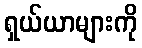
ရှယ်ယာများကို